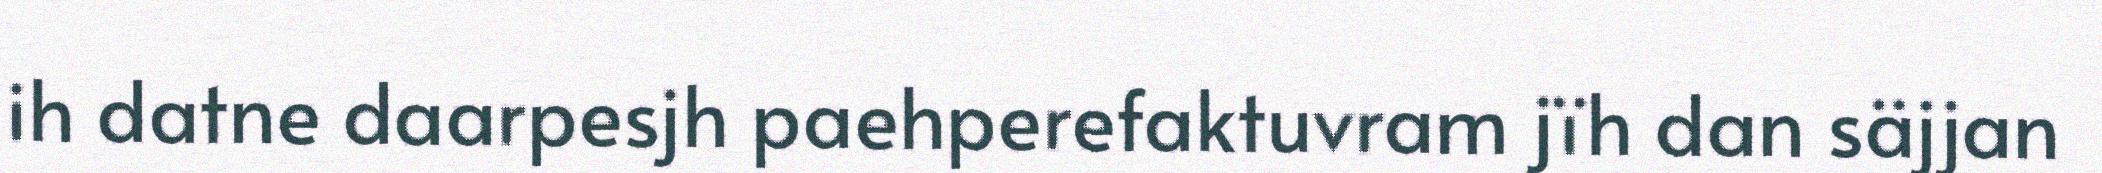
ih datne daarpesjh paehperefaktuvram jïh dan säjjan